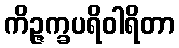
ကိဉ္ဇက္ခပရိဝါရိတာ